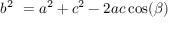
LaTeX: b ^ { 2 } \ = a ^ { 2 } + c ^ { 2 } - 2 a c \cos ( \beta )